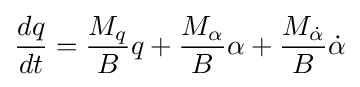
{\frac {dq}{dt}}={\frac {M_{q}}{B}}q+{\frac {M_{\alpha }}{B}}\alpha +{\frac {M_{\dot {\alpha }}}{B}}{\dot {\alpha }}